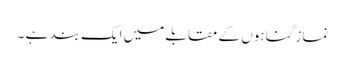
نماز گناہوں کے مقابلے میں ایک بند ہے ۔